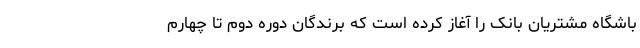
باشگاه مشتریان بانک را آغاز کرده است که برندگان دوره دوم تا چهارم